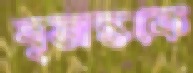
বৃত্তান্তকে